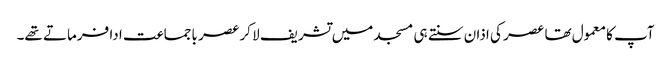
آپ کا معمول تھا عصر کی اذان سنتے ہی مسجد میں تشریف لا کر عصر باجماعت ادا فرماتے تھے۔